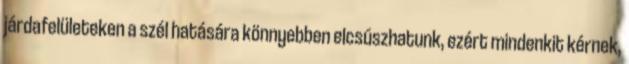
járdafelületeken a szél hatására könnyebben elcsúszhatunk, ezért mindenkit kérnek,